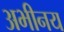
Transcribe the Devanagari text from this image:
अभीनय